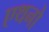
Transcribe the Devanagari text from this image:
एथनो